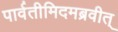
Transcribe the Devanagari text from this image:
पार्वतीमिदमब्रवीत्